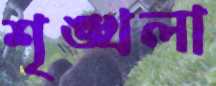
শৃঙ্খলা